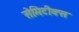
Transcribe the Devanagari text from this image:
सेमिटीक्स